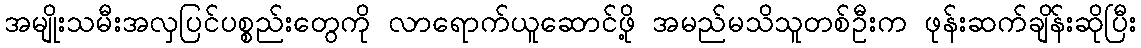
အမျိုးသမီးအလှပြင်ပစ္စည်းတွေကို လာရောက်ယူဆောင်ဖို့ အမည်မသိသူတစ်ဦးက ဖုန်းဆက်ချိန်းဆိုပြီး